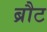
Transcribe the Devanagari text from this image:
ब्रौट